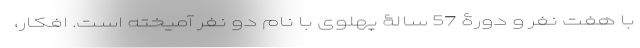
با هفت نفر و دورۀ 57 سالۀ پهلوی با نام دو نفر آمیخته است. افکار،